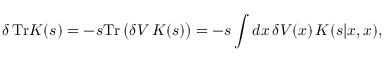
\delta \, \mathrm { T r } K ( s ) = - s \mathrm { T r } \, \big ( \delta V \, K ( s ) \big ) = - s \int d x \, \delta V ( x ) \, K ( s | x , x ) ,